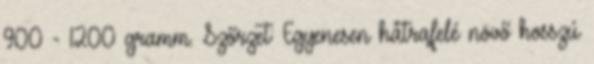
900 - 1200 gramm. Szőrzet: Egyenesen hátrafelé növő hosszú